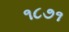
૧૮૭૧